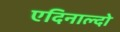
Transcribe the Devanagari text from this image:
एदिनाल्दो